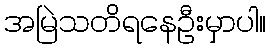
အမြဲသတိရနေဦးမှာပါ။